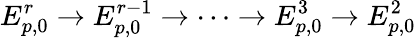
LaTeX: E_{p,0}^{r}\to E_{p,0}^{r-1}\to\dots\to E_{p,0}^{3}\to E_{p,0}^{2}